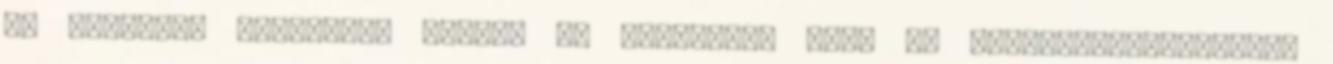
és morzsává erodálódó hegyek és szigetek, vagy az iratmegsemmisítővel